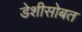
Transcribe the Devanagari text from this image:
डेशीसोबत